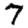
Digit: 7